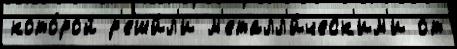
кото́рой р'еши́л'и м'еталл'и́ческ'им'и от